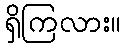
ရှိကြလား။